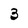
Character: 3